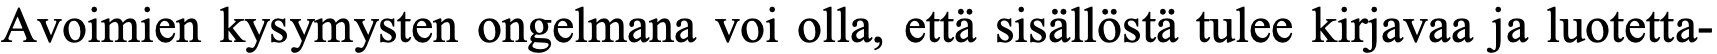
Avoimien kysymysten ongelmana voi olla, että sisällöstä tulee kirjavaa ja luotetta-